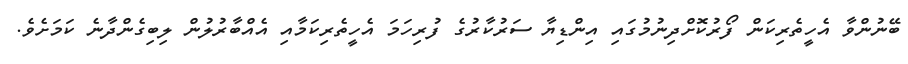
ބޭނުންވާ އެހީތެރިކަން ފޯރުކޮށްދިނުމުގައި އިންޑިޔާ ސަރުކާރުގެ ފުރިހަމަ އެހީތެރިކަމާއި އެއްބާރުލުން ލިބިގެންދާނެ ކަމަށެވެ.